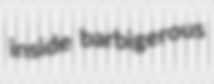
inside barbigerous